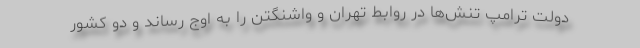
دولت ترامپ تنش‌ها در روابط تهران و واشنگتن را به اوج رساند و دو کشور